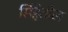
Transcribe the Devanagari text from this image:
सिंहेतील